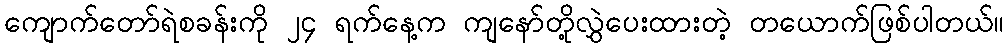
ကျောက်တော်ရဲစခန်းကို ၂၄ ရက်နေ့က ကျနော်တို့လွှဲပေးထားတဲ့ တယောက်ဖြစ်ပါတယ်။